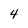
Character: 4